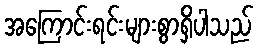
အကြောင်းရင်းများစွာရှိပါသည်